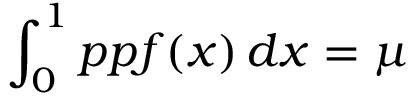
\int _ { 0 } ^ { 1 } p p f ( x ) \, d x = \mu